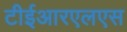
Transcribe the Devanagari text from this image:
टीईआरएलएस